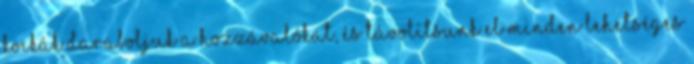
kockák daraboljuk a hozzávalókat, és távolítsunk el minden lehetséges